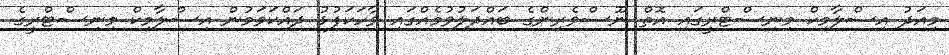
މިއަދު އިސްލާމިކް މިނިސްޓްރީގައި އޮތް ނޫސްވެރިންގެ ބައްދަލުވުމެއްގައި ވާހަކަފުޅު ދައްކަވަމުން އިސްލާމިކް މިނިސްޓްރީގެ